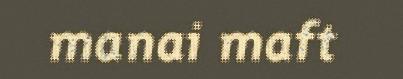
manai maft